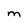
Character: M